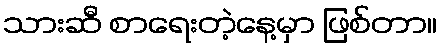
သားဆီ စာရေးတဲ့နေ့မှာ ဖြစ်တာ။